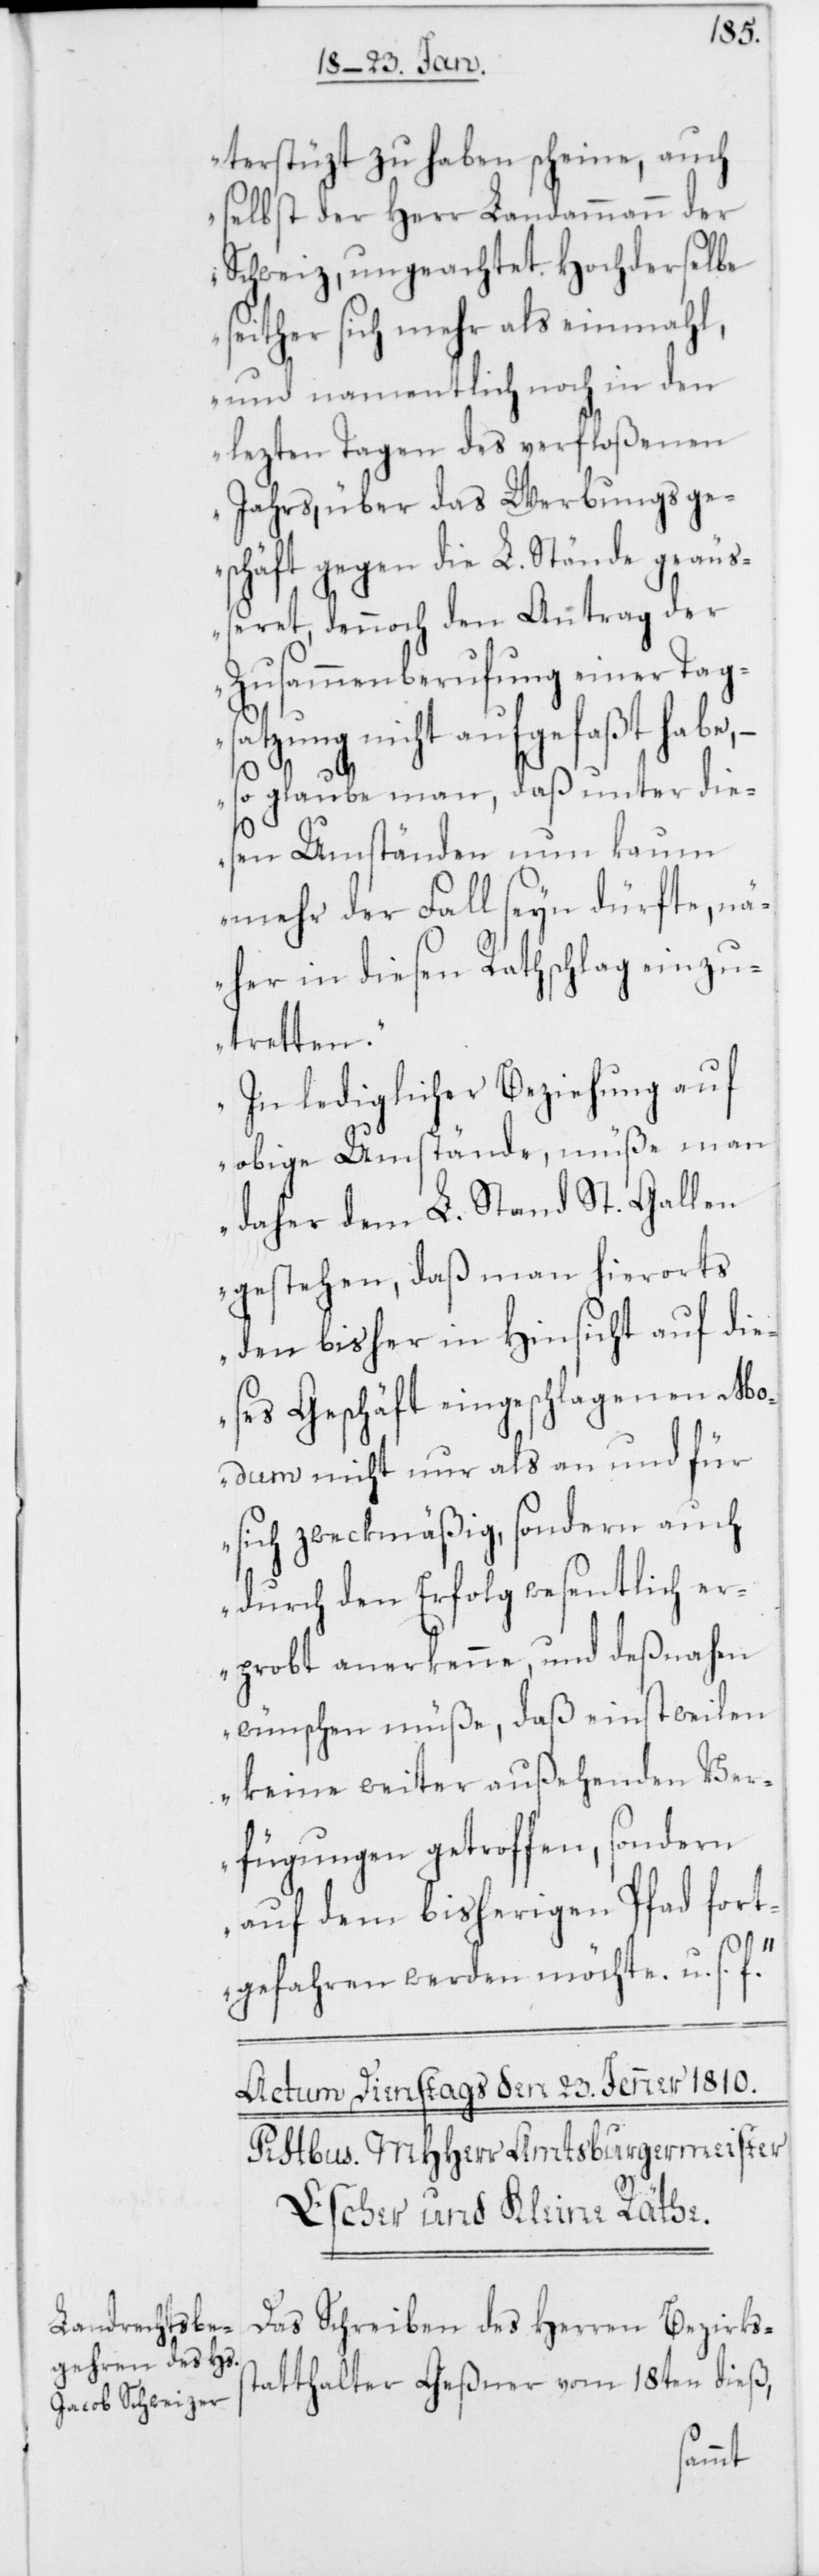
terstüzt zu haben scheine, auch
selbst der Herr Landammann der
Schweiz, ungeachtet Hochderselbe
seither sich mehr als einmahl,
und namentlich noch in den
lezten Tagen des verfloßenen
Jahrs, über das Werbungsge¬
schäft gegen die L. Stände geäuß¬
eret, dennoch den Antrag der
Zusammenberufung einer Tags¬
atzung nicht aufgefaßt habe,
s¬
glaube man, daß unter die¬
sen Umständen nun kaum
mehr der Fall seyn dürfte, nä¬
her in diesen Rathschlag einzu¬
tretten.
In lediglicher Beziehung auf
obige Umstände, müße man
daher dem L. Stand St. Gallen
gestehen, daß man hierorts
den bisher in Hinsicht auf die¬
ses Geschäft eingeschlagenen Mo¬
dum nicht nur als an und für
sich zweckmäßig, sondern auch
durch den Erfolg wesentlich er¬
probt anerkenne, und deßnahen
wünschen müße, daß einstweilen
keine weiter außehenden Ver¬
fügungen getroffen, sondern
auf dem bisherigen Pfad fort¬
gefahren werden möchte. u. s. f.“
Das Schreiben des Herren Bezirks¬
tatthalter Geßner vom 18ten dieß,